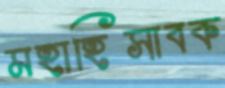
মহাহিসাবক